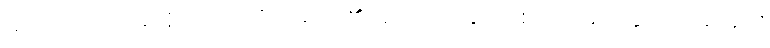
မလုံသော တံခါးရှိသော ပုဂ္ဂိုလ်မည်၏။ ဘောဇနေ၊ အစာ၌။ အမတ္တညူ၊ အတိုင်း